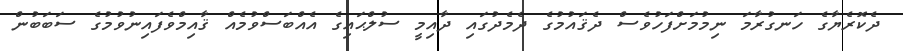
ދެކޮރެޔާގެ ހަނގުރާމަ ނިމުމަށްފަހުވެސް ދެޤައުމުގެ ދެމެދުގައި ދާއިމީ ސުލްޙައިގެ އެއްބަސްވުމެއް ޤާއިމްވެފައިނުވުމުގެ ސަބަބުން